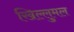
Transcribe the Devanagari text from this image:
खिल्लुमल